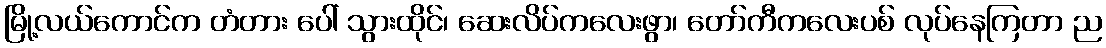
မြို့လယ်ကောင်က တံတား ပေါ် သွားထိုင်၊ ဆေးလိပ်ကလေးဖွာ၊ တော်ကီကလေးပစ် လုပ်နေကြတာ ည